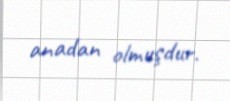
anadan olmuşdur.